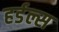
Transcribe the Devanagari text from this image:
हर्डल्स